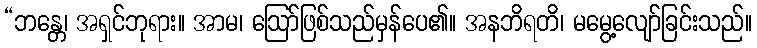
“ဘန္တေ၊ အရှင်ဘုရား။ အာမ၊ ဩော်ဖြစ်သည်မှန်ပေ၏။ အနဘိရတိ၊ မမွေ့လျော်ခြင်းသည်။